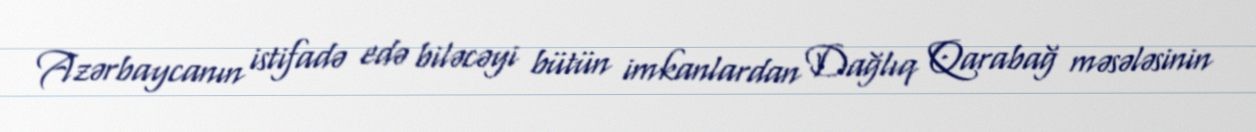
Azərbaycanın istifadə edə biləcəyi bütün imkanlardan Dağlıq Qarabağ məsələsinin